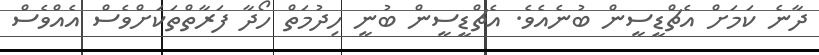
ދާނެ ކަމަށް އެޗްޑީސީން ބުނެއެވެ. އެޗްޑީސީން ބުނީ ހިދުމަތް ހޯދާ ފަރާތްތަކަށްވެސް އެއްވެސް